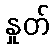
နှုတ်